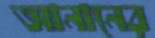
আনানের